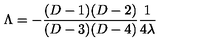
\Lambda = - { \frac { ( D - 1 ) ( D - 2 ) } { ( D - 3 ) ( D - 4 ) } } { \frac { 1 } { 4 \lambda } }